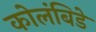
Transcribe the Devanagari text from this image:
कोलंबिडे